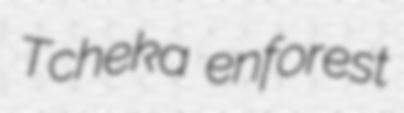
Tcheka enforest